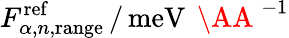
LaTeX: F_{\alpha,n,\mathrm{range}}^{\mathrm{ref}}\, /\, \mathrm{meV}\, \mathrm{~\AA~}^{-1}